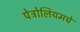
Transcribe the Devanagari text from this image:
पेट्रोलियमचे